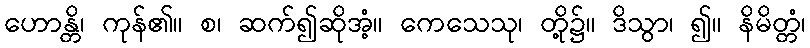
ဟောန္တိ၊ ကုန်၏။ စ၊ ဆက်၍ဆိုအံ့။ ကေသေသု၊ တို့၌။ ဒိသွာ၊ ၍။ နိမိတ္တံ၊